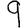
Digit: 9